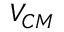
V _ { C M }